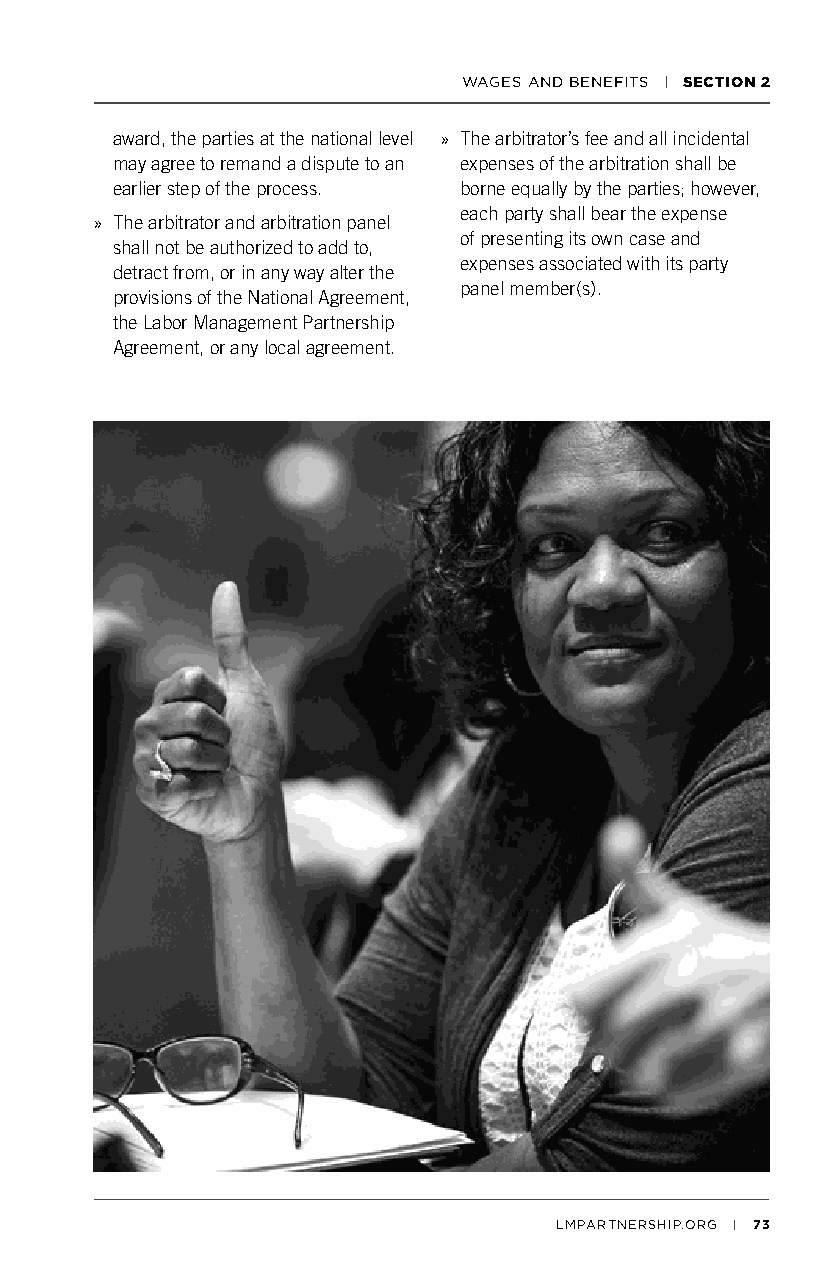
WAGES AND BENEFITS | SECTION 2
 award, the parties at the national level » The arbitrator’s fee and all incidental
 may agree to remand a dispute to an expenses of the arbitration shall be
 earlier step of the process. borne equally by the parties; however,
 each party shall bear the expense
 » The arbitrator and arbitration panel
 of presenting its own case and
 shall not be authorized to add to,
 expenses associated with its party
 detract from, or in any way alter the
 panel member(s).
 provisions of the National Agreement,
 the Labor Management Partnership
 Agreement, or any local agreement.
 LMPARTNERSHIP.ORG | 73